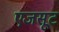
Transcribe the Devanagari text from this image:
एजसूट